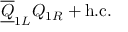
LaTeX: { \overline { { { \underline { { { Q } } } } } } } _ { 1 L } { Q } _ { 1 R } + \mathrm { h . c . }